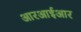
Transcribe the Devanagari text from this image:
आरआईआर